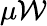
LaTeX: \mu\mathcal{W}